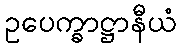
ဥပေက္ခာဋ္ဌာနီယံ